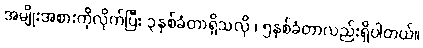
အမျိုးအစားကိုုလိုုက်ပြီး ၃နှစ်ခံတာရှိသလိုု ၊ ၅နှစ်ခံတာလည်းရှိပါတယ်။